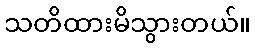
သတိထားမိသွားတယ်။